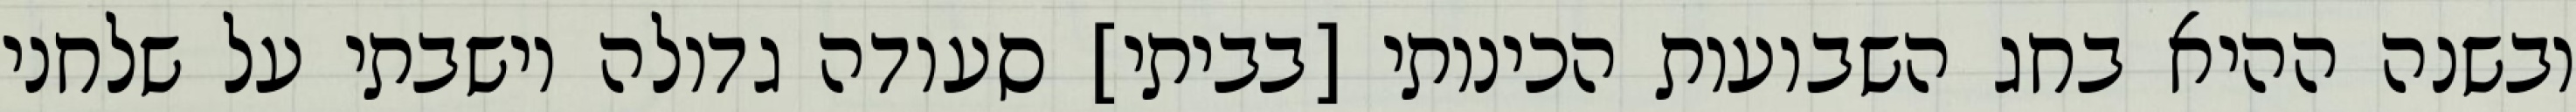
ובשנה ההיא בחג השבועות הכינותי [בביתי] סעודה גדולה וישבתי על שלחני